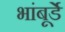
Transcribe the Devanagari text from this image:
भांबूर्डे